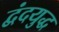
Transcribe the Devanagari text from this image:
द्वंदयुद्ध